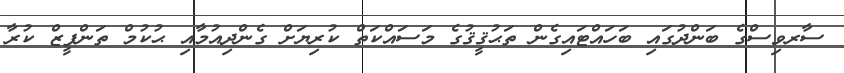
ސާރވިސްގެ ބަންދުގައި ބަހައްޓައިގެން ތަޙުޤީޤުގެ މަސައްކަތް ކުރިޔަށް ގެންދިއުމާއި ޙުކުމް ތަންފީޒް ކުރާ